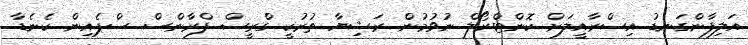
އަލިފާންގަނޑު އިސްރާއީލަށް ކޮންޓްރޯލް ނުވުމުން ރަޝިޔާ ތުރުކީ ގްރީސް ފްރާންސް ސްޕެއިން ކެނެޑާ